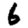
Digit: 6